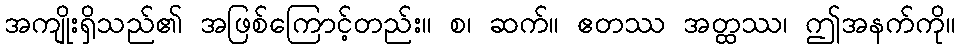
အကျိုးရှိသည်၏ အဖြစ်ကြောင့်တည်း။ စ၊ ဆက်။ ဧတဿ အတ္ထဿ၊ ဤအနက်ကို။